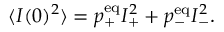
\langle I ( 0 ) ^ { 2 } \rangle = p _ { + } ^ { \mathrm { e q } } I _ { + } ^ { 2 } + p _ { - } ^ { \mathrm { e q } } I _ { - } ^ { 2 } .